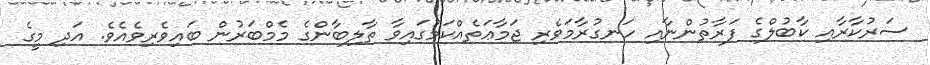
ސަރުކާރާއި ކާބުލްގެ ފަރާތުންނާއި ހަނގުރާމަވެރި ޖަމާޢަތެއްކަމުގައިވާ ތާލިބާންގެ މެމްބަރުން ބައިވެރިވެއެވެ. އަދި މީގެ